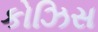
કોઝિસ